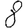
Digit: 8